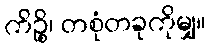
ကိဉ္စိ၊ တစုံတခုကိုမျှ။